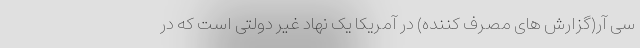
سی آر(گزارش های مصرف کننده) در آمریکا یک نهاد غیر دولتی است که در